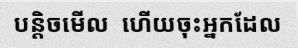
បន្តិចមើល  ហើយចុះអ្នកដែល